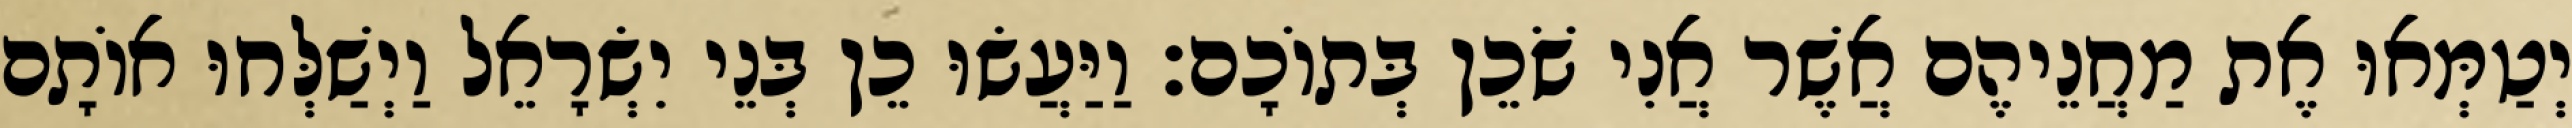
יְטַמְּאוּ אֶת מַחֲנֵיהֶם אֲשֶׁר אֲנִי שֹׁכֵן בְּתוֹכָם׃ וַיַּעֲשׂוּ כֵן בְּנֵי יִשְׂרָאֵל וַיְשַׁלְּחוּ אוֹתָם